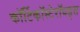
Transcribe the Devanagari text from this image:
कॉर्टिकॉस्टेरॉयड्स